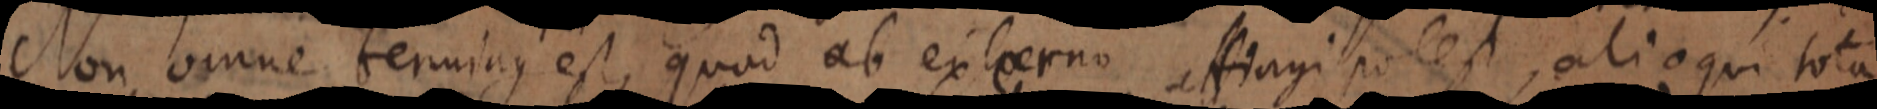
Non omne terminus est, quod ab externo affiorgi potest, alioqui tota